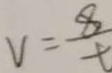
V = \frac { 8 } { t }